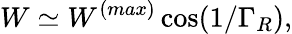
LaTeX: W\simeq W^{(max)}\cos(1/\Gamma_{R}),